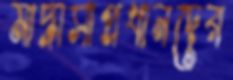
মাদ্রাসাপ্রধানদের